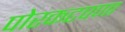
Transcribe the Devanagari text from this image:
पोरकटपणा